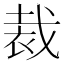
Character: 裁